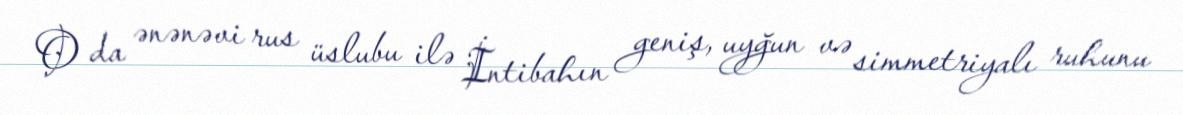
O da ənənəvi rus üslubu ilə İntibahın geniş, uyğun və simmetriyalı ruhunu